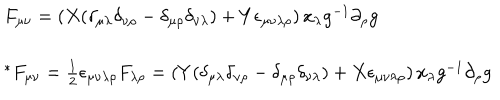
\begin{array} { l } { { F _ { \mu \nu } = \left( X ( \delta _ { \mu \lambda } \delta _ { \nu \rho } - \delta _ { \mu \rho } \delta _ { \nu \lambda } ) + Y \epsilon _ { \mu \nu \lambda \rho } \right) x _ { \lambda } g ^ { - 1 } \partial _ { \rho } g } } \\ { { { } } } \\ { { { { } ^ { \ast } F } _ { \mu \nu } = \textstyle { \frac { 1 } { 2 } } \epsilon _ { \mu \nu \lambda \rho } F _ { \lambda \rho } = \left( Y ( \delta _ { \mu \lambda } \delta _ { \nu \rho } - \delta _ { \mu \rho } \delta _ { \nu \lambda } ) + X \epsilon _ { \mu \nu \lambda \rho } \right) x _ { \lambda } g ^ { - 1 } \partial _ { \rho } g } } \\ \end{array}